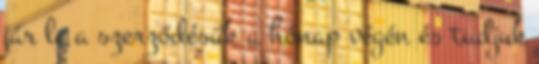
jár le a szerződésük a hónap végén és tudjuk